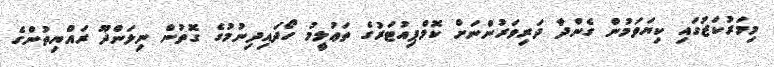
މިމަރުކަޒުގައި ކިޔަވަމުން ގެންދާ ދަރިވަރުންނަށް ކޮމްޕިއުޓަރުގެ ތަޢުލީމު ހޯދައިދިނުމުގެ ގޮތުން ނިލަންދޫ ރައްޔިތުންގެ